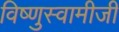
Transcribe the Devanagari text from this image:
विष्णुस्वामीजी